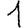
Digit: 1